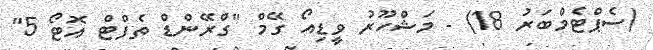
(ސެޕްޓެމްބަރު 18) - މަޝްހޫރު ވީޑިއޯ ގޭމް "ގްރޭންޑް ތެފްޓް އޮޓޯ 5"